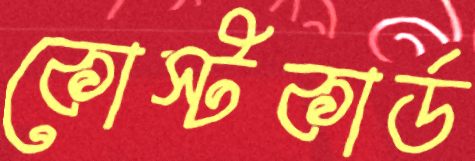
কোস্টকার্ড